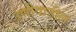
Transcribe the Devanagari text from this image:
उणीवातील